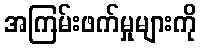
အကြမ်းဖက်မှုများကို